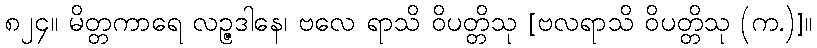
၈၂၄။ မိတ္တကာရေ လဉ္ဇဒါနေ၊ ဗလေ ရာသိ ဝိပတ္တိသု [ဗလရာသိ ဝိပတ္တိသု (က.)]။